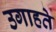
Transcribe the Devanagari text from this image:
उगाहते